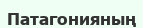
Патагонияның